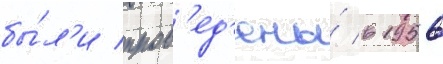
бы́л'и пров'ед'ены́ в 1956